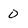
Character: 0